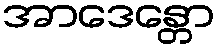
အာဒေန္တော